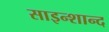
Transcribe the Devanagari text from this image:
साइन्शान्द